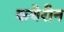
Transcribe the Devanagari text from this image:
कथेरीन